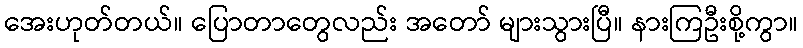
အေးဟုတ်တယ်။ ပြောတာတွေလည်း အတော် များသွားပြီ။ နားကြဦးစို့ကွာ။